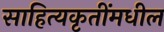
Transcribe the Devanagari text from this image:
साहित्यकृतींमधील